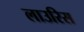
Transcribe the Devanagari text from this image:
लाउरिस